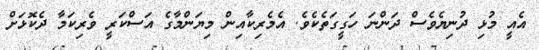
އެއީ މުޅި ދުނިޔެވެސް ދަންނަ ހަގީގަތެކެވެ. އެމެރިކާއިން މިޔަންމާގެ އަސްކަރީ ވެރިކަމާ ދެކޮޅަށް